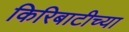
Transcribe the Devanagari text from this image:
किरिबाटीच्या